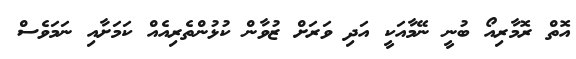
އޮތް ރޮމާރިއޯ ބުނީ ނޭމާއަކީ އަދި ވަރަށް ޒުވާން ކުޅުންތެރިއެއް ކަމަށާއި ނަމަވެސް